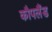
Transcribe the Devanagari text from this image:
कौपलैंड